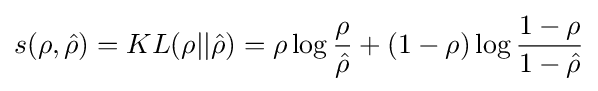
s(\rho ,{\hat {\rho }})=KL(\rho ||{\hat {\rho }})=\rho \log {\frac {\rho }{\hat {\rho }}}+(1-\rho )\log {\frac {1-\rho }{1-{\hat {\rho }}}}